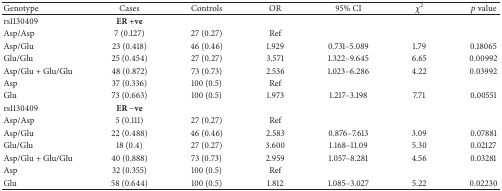
| Genotype | Cases | Controls | OR | 95% CI | χ2 | p value |
 | --- | --- | --- | --- | --- | --- | --- |
 | rs1130409 | ER +ve |  |  |  |  |  |
 | Asp/Asp | 7 (0.127) | 27 (0.27) | Ref |  |  |  |
 | Asp/Glu | 23 (0.418) | 46 (0.46) | 1.929 | 0.731–5.089 | 1.79 | 0.18065 |
 | Glu/Glu | 25 (0.454) | 27 (0.27) | 3.571 | 1.322–9.645 | 6.65 | 0.00992 |
 | Asp/Glu + Glu/Glu | 48 (0.872) | 73 (0.73) | 2.536 | 1.023–6.286 | 4.22 | 0.03992 |
 | Asp | 37 (0.336) | 100 (0.5) | Ref |  |  |  |
 | Glu | 73 (0.663) | 100 (0.5) | 1.973 | 1.217–3.198 | 7.71 | 0.00551 |
 | rs1130409 | ER −ve |  |  |  |  |  |
 | Asp/Asp | 5 (0.111) | 27 (0.27) | Ref |  |  |  |
 | Asp/Glu | 22 (0.488) | 46 (0.46) | 2.583 | 0.876–7.613 | 3.09 | 0.07881 |
 | Glu/Glu | 18 (0.4) | 27 (0.27) | 3.600 | 1.168–11.09 | 5.30 | 0.02127 |
 | Asp/Glu + Glu/Glu | 40 (0.888) | 73 (0.73) | 2.959 | 1.057–8.281 | 4.56 | 0.03281 |
 | Asp | 32 (0.355) | 100 (0.5) | Ref |  |  |  |
 | Glu | 58 (0.644) | 100 (0.5) | 1.812 | 1.085–3.027 | 5.22 | 0.02230 |